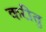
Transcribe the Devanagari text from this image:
करीतु